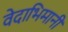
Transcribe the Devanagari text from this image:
वेदाभिमानी